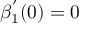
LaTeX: \beta _ { 1 } ^ { ^ { \prime } } ( 0 ) = 0